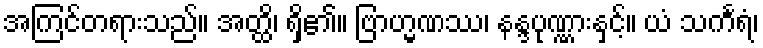
အကြင်တရားသည်။ အတ္ထိ၊ ရှိ၏။ ဗြာဟ္မဏဿ၊ နန္ဒပုဏ္ဏားနှင့်။ ယံ သင်္ကရံ၊